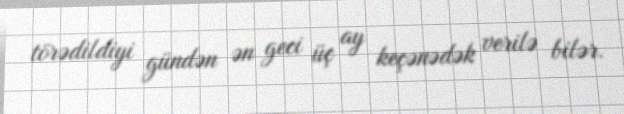
törədildiyi gündən ən geci üç ay keçənədək verilə bilər.